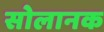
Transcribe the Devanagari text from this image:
सोलानक